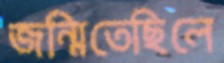
জন্মিতেছিলে